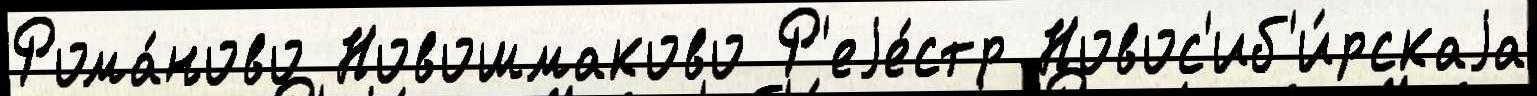
Рома́ново Новошмаково Р'еjе́стр Новос'иб'и́рскаjа